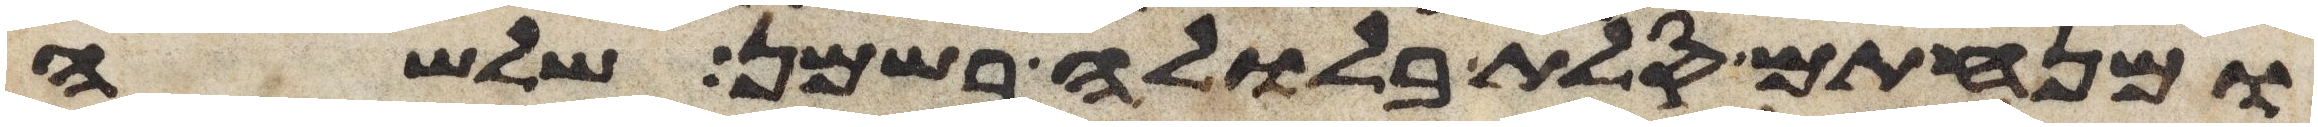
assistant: ומנחתם סלת בלולה בשמן שלשה